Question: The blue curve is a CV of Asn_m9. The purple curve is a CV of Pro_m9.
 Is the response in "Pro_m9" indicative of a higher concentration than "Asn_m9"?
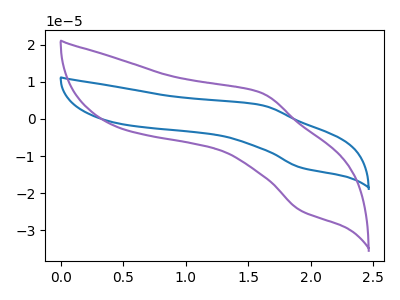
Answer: <think>The blue curve "Asn_m9" has an anodic peak at (1.60V, 3.75uA) and a cathodic peak at (1.90V, -13.10uA). The purple curve "Pro_m9" has an anodic peak at (1.60V, 7.05uA) and a cathodic peak at (1.90V, -24.65uA).
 All the peaks in "Pro_m9" have a peak in "Asn_m9" at the same potential. Every peak in "Pro_m9" is higher than every peak in "Asn_m9".</think>
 <answer>"Pro_m9" has more signal than "Asn_m9".</answer>
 <eval>more_signal</eval>